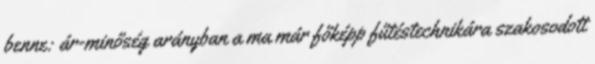
benne: ár-minőség arányban a ma már főképp fűtéstechnikára szakosodott